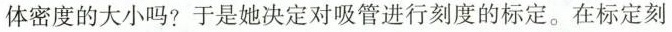
体密度的大小吗? 于是她决定对吸管进行刻度的标定。在标定刻